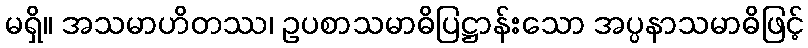
မရှိ။ အသမာဟိတဿ၊ ဥပစာသမာဓိပြဋ္ဌာန်းသော အပ္ပနာသမာဓိဖြင့်